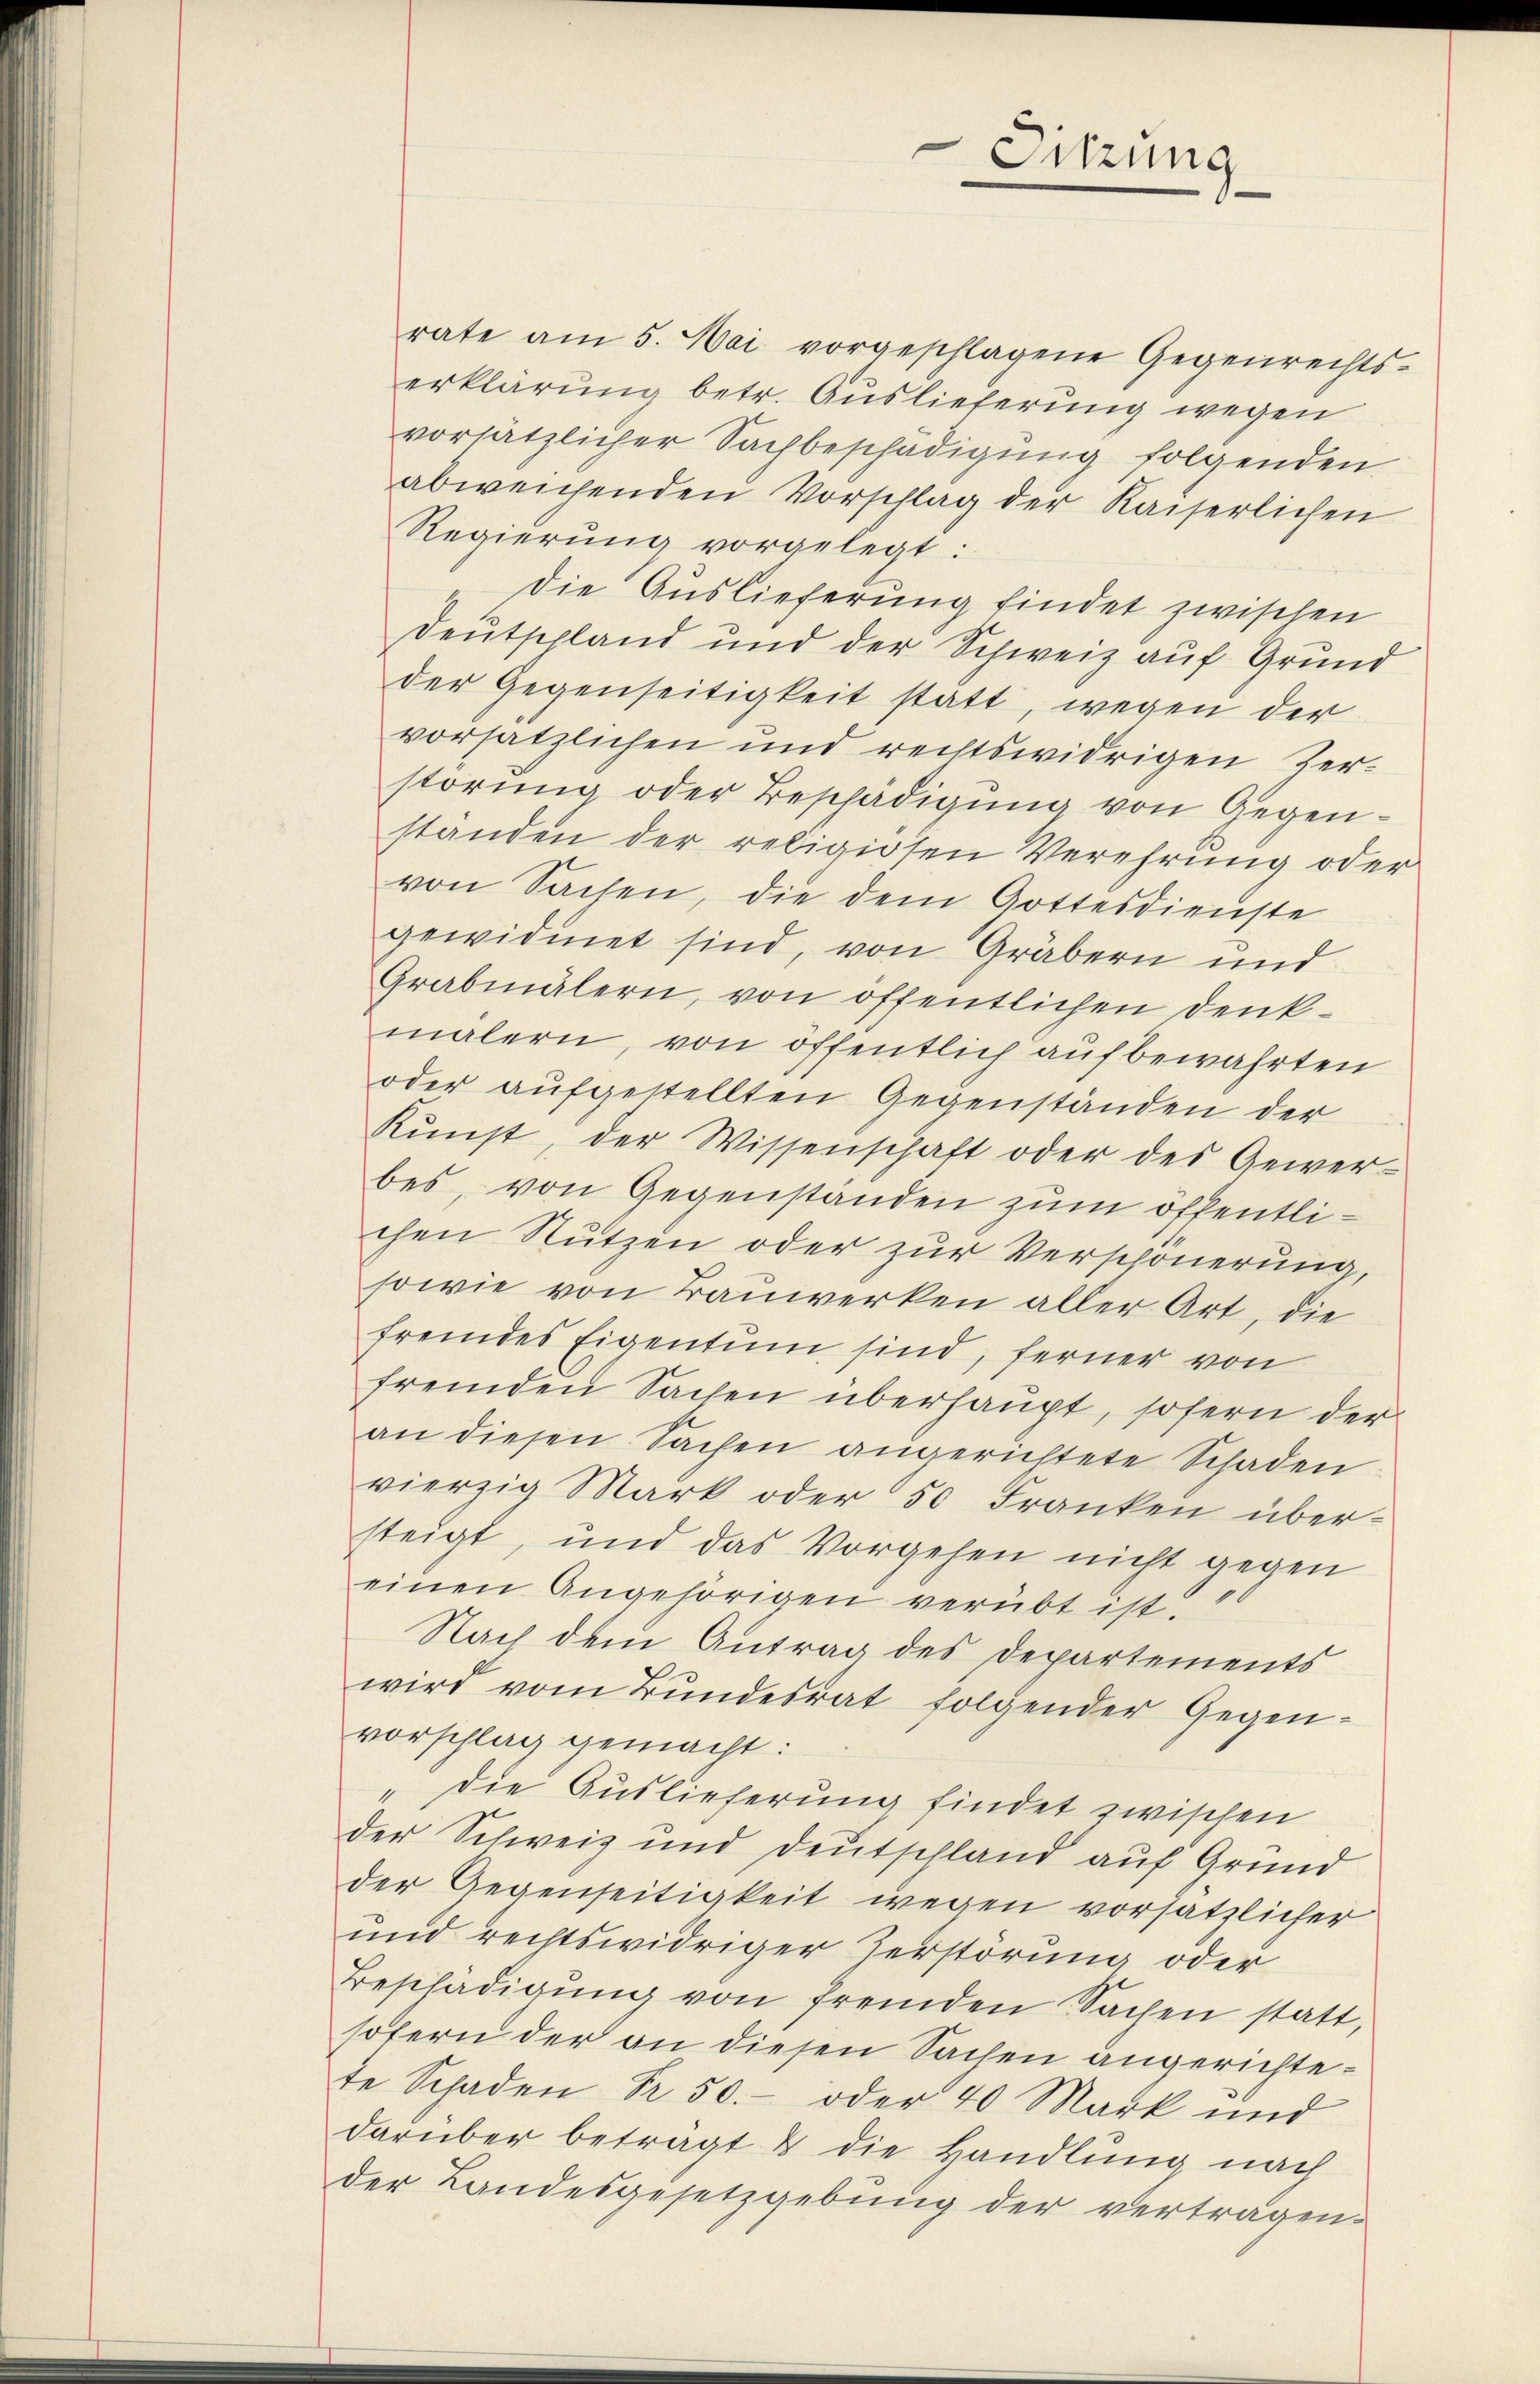
rate am 5. Mai vorgeschlagene Gegenrechts-
erklärung betr. Auslieferung wegen
vorsätzlicher Sachbeschädigung folgenden
abweichenden Vorschlag der Kaiserlichen
Regierung vorgelegt:
die Auslieferung findet zwischen
Deutschland und der Schweiz auf Grund
der Gegenseitigkeit statt, wegen der
vorsätzlichen und rechtswidrigen Zerstörung oder Beschädigung von Gegenstanden der religiosen Verehrung oder
von Sachen, die dem Gottesdienste
gewidmet sind, von Gräbern und
Grabmälern, von öffentlichen Denk-
malern, von öffentlich aufbewahrten
oder aŭfgestellten Gegenständen der
Kŭnst, der Wissenschaft oder des Gewer-
bes, von Gegenständen zum öffentlichen Nutzen oder zur Verschönerung,
sowie von Bauwerken aller Art, die
fremdes Eigentum sind, ferner von
fremden Sachen überhaupt, sofern der
an diesen Sachen angerichtete Schaden
vierzig Mark oder 50 Franken übersteigt, und das Vorgehen nicht gegen
einen Angehörigen verübt ist.
Nach dem Antrag des Departements
wird vom Bundesrat folgender Gegenvorschlag gemacht:
" die Auslieferung findet zwischen
der Schweiz und Deutschland auf Grund
der Gegenseitigkeit wegen vorsätzlicher
und rechtswidriger Zerstörung oder
Beschädigung von fremden Sachen statt,
sofern der an diesen Sachen angerichtete Schaden R. 50.- oder 40 Mark und
darüber betragt & die Handlung nach
der Landesgesetzgebung der vertragen.

Sitzung